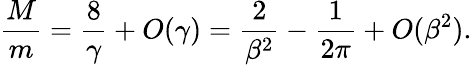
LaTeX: {\frac{M}{m}}={\frac{8}{\gamma}}+O(\gamma)={\frac{2}{\beta^{2}}}-{\frac{1}{2\pi}}+O(\beta^{2}).